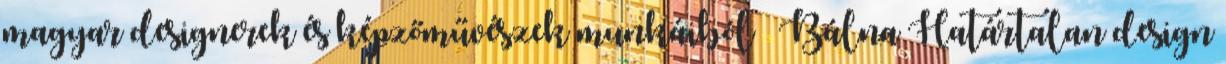
magyar designerek és képzőművészek munkáiból Bálna Határtalan design